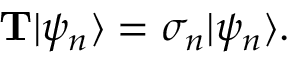
{ \it { \bf T } } | \psi _ { n } \rangle = \sigma _ { n } | \psi _ { n } \rangle .